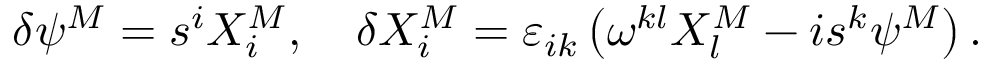
\delta \psi ^ { M } = s ^ { i } X _ { i } ^ { M } , \quad \delta X _ { i } ^ { M } = \varepsilon _ { i k } \left( \omega ^ { k l } X _ { l } ^ { M } - i s ^ { k } \psi ^ { M } \right) .